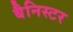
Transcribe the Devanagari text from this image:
बैनिस्टर